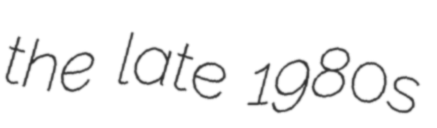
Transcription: the late 1980s